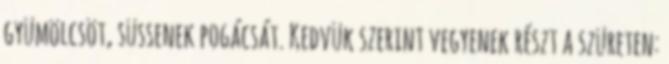
gyümölcsöt, süssenek pogácsát. Kedvük szerint vegyenek részt a szüreten: